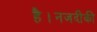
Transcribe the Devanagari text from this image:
है।नजदीकी